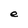
Character: e